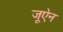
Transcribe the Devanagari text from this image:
जूऐन